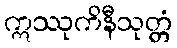
ဣဿုကိနီသုတ္တံ